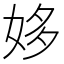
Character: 姼